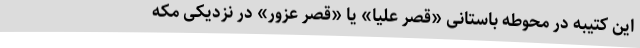
این کتیبه در محوطه باستانی «قصر علیا» یا «قصر عزور» در نزدیکی مکه